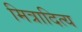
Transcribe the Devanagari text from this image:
मित्रादित्य